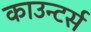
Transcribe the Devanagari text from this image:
काउन्टर्स